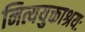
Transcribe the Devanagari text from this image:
नित्ययुक्ताश्रयः